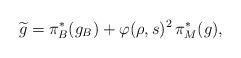
LaTeX: \begin{align*}\widetilde{g}=\pi_{B}^{*}(g_{B}) + \varphi(\rho, s)^{2}\,\pi_{M}^{*}(g),\end{align*}